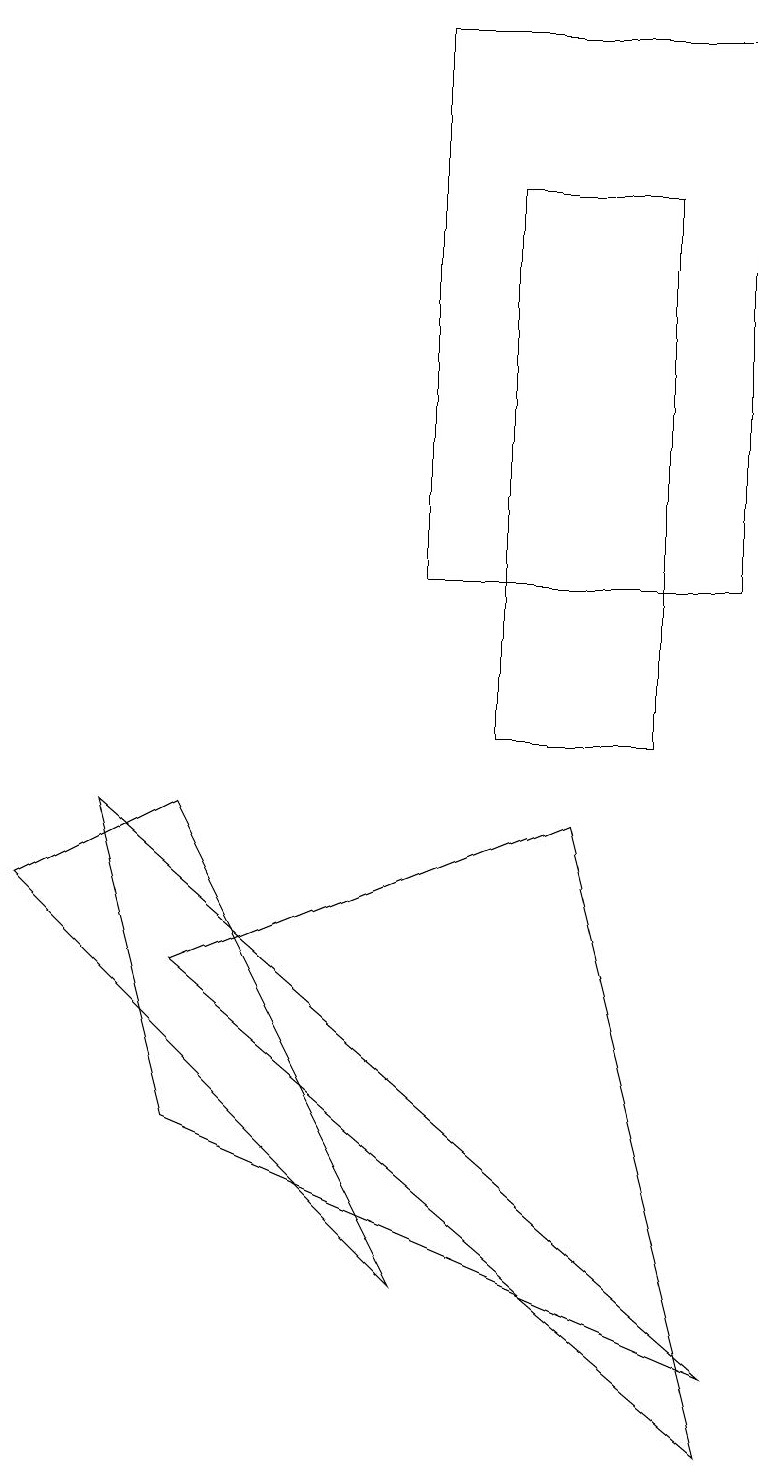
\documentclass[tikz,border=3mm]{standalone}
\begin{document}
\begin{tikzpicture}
\draw (5,19) rectangle (9,12);
\draw (8,10) rectangle (6,17);
\draw (9,1) -- (7,9) -- (2,7) -- cycle;
\draw (1,9) -- (2,5) -- (9,2) -- cycle;
\draw (0,8) -- (5,3) -- (2,9) -- cycle;
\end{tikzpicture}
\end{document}